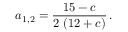
a _ { 1 , 2 } = \frac { 1 5 - c } { 2 \, \left( 1 2 + c \right) } \, .